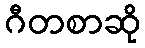
ဂီတစာဆို